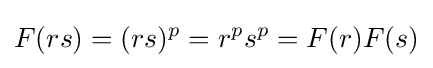
F(rs)=(rs)^{p}=r^{p}s^{p}=F(r)F(s)